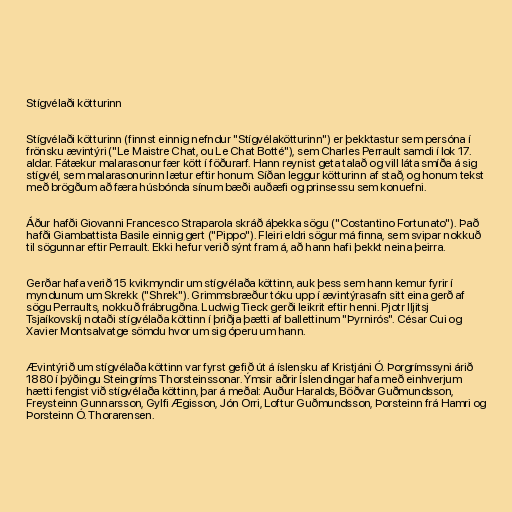
Stígvélaði kötturinn

Stígvélaði kötturinn (finnst einnig nefndur "Stígvélakötturinn") er þekktastur sem persóna í
frönsku ævintýri ("Le Maistre Chat, ou Le Chat Botté"), sem Charles Perrault samdi í lok 17.
aldar. Fátækur malarasonur fær kött í föðurarf. Hann reynist geta talað og vill láta smíða á sig
stígvél, sem malarasonurinn lætur eftir honum. Síðan leggur kötturinn af stað, og honum tekst
með brögðum að færa húsbónda sínum bæði auðæfi og prinsessu sem konuefni.

Áður hafði Giovanni Francesco Straparola skráð áþekka sögu ("Costantino Fortunato"). Það
hafði Giambattista Basile einnig gert ("Pippo"). Fleiri eldri sögur má finna, sem svipar nokkuð
til sögunnar eftir Perrault. Ekki hefur verið sýnt fram á, að hann hafi þekkt neina þeirra.

Gerðar hafa verið 15 kvikmyndir um stígvélaða köttinn, auk þess sem hann kemur fyrir í
myndunum um Skrekk ("Shrek"). Grimmsbræður tóku upp í ævintýrasafn sitt eina gerð af
sögu Perraults, nokkuð frábrugðna. Ludwig Tieck gerði leikrit eftir henni. Pjotr Iljitsj
Tsjaíkovskíj notaði stígvélaða köttinn í þriðja þætti af ballettinum "Þyrnirós". César Cui og
Xavier Montsalvatge sömdu hvor um sig óperu um hann.

Ævintýrið um stígvélaða köttinn var fyrst gefið út á íslensku af Kristjáni Ó. Þorgrímssyni árið
1880 í þýðingu Steingríms Thorsteinssonar. Ýmsir aðrir Íslendingar hafa með einhverjum
hætti fengist við stígvélaða köttinn, þar á meðal: Auður Haralds, Böðvar Guðmundsson,
Freysteinn Gunnarsson, Gylfi Ægisson, Jón Orri, Loftur Guðmundsson, Þorsteinn frá Hamri og
Þorsteinn Ó. Thorarensen.